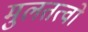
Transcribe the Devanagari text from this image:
मुलतत्वो